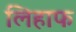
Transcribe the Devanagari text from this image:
लिहाफ